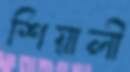
শিয়ালী